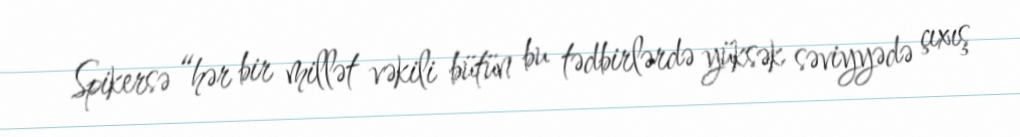
Spikersə “hər bir millət vəkili bütün bu tədbirlərdə yüksək səviyyədə çıxış